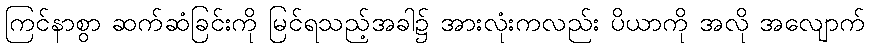
ကြင်နာစွာ ဆက်ဆံခြင်းကို မြင်ရသည့်အခါ၌ အားလုံးကလည်း ပိယာကို အလို အလျောက်